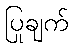
ပြုချက်